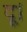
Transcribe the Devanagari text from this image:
दू।